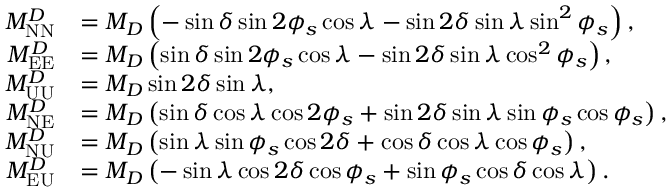
\begin{array} { r l } { M _ { \mathrm { N N } } ^ { D } } & { = M _ { D } \left( - \sin \delta \sin 2 \phi _ { s } \cos \lambda - \sin 2 \delta \sin \lambda \sin ^ { 2 } \phi _ { s } \right) , } \\ { M _ { \mathrm { E E } } ^ { D } } & { = M _ { D } \left( \sin \delta \sin 2 \phi _ { s } \cos \lambda - \sin 2 \delta \sin \lambda \cos ^ { 2 } \phi _ { s } \right) , } \\ { M _ { \mathrm { U U } } ^ { D } } & { = M _ { D } \sin 2 \delta \sin \lambda , } \\ { M _ { \mathrm { N E } } ^ { D } } & { = M _ { D } \left( \sin \delta \cos \lambda \cos 2 \phi _ { s } + \sin 2 \delta \sin \lambda \sin \phi _ { s } \cos \phi _ { s } \right) , } \\ { M _ { \mathrm { N U } } ^ { D } } & { = M _ { D } \left( \sin \lambda \sin \phi _ { s } \cos 2 \delta + \cos \delta \cos \lambda \cos \phi _ { s } \right) , } \\ { M _ { \mathrm { E U } } ^ { D } } & { = M _ { D } \left( - \sin \lambda \cos 2 \delta \cos \phi _ { s } + \sin \phi _ { s } \cos \delta \cos \lambda \right) . } \end{array}